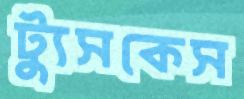
ট্যুসকেস